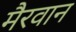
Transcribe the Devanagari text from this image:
मैरवान